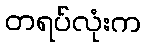
တရပ်လုံးက